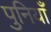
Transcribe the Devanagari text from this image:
पुनियाँ